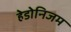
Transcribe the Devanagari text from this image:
हेडोनिजम